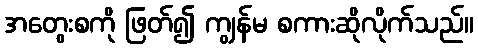
အတွေးစကို ဖြတ်၍ ကျွန်မ စကားဆိုလိုက်သည်။